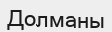
Долманы